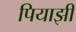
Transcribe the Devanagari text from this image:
पियाझी